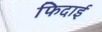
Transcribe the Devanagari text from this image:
फिदाई